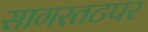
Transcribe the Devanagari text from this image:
सागरतटपर